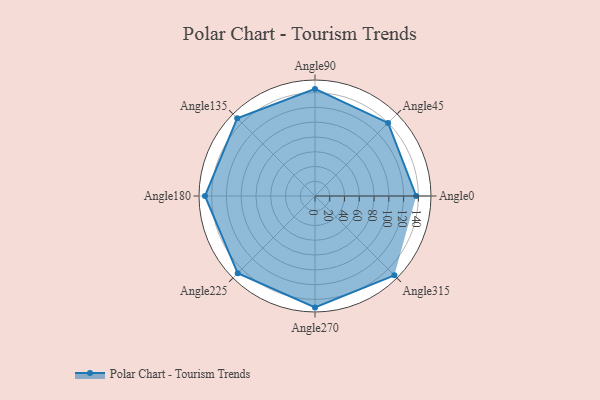
{"axis": {"x": "Angle", "y": "Radius"}, "legend": [""], "data": [{"x": "Angle0", "y": 137.0, "type": ""}, {"x": "Angle45", "y": 140.0, "type": ""}, {"x": "Angle90", "y": 145.0, "type": ""}, {"x": "Angle135", "y": 149.0, "type": ""}, {"x": "Angle180", "y": 149.0, "type": ""}, {"x": "Angle225", "y": 148.0, "type": ""}, {"x": "Angle270", "y": 151.0, "type": ""}, {"x": "Angle315", "y": 152.0, "type": ""}]}